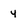
Character: y